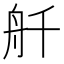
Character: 𫇚